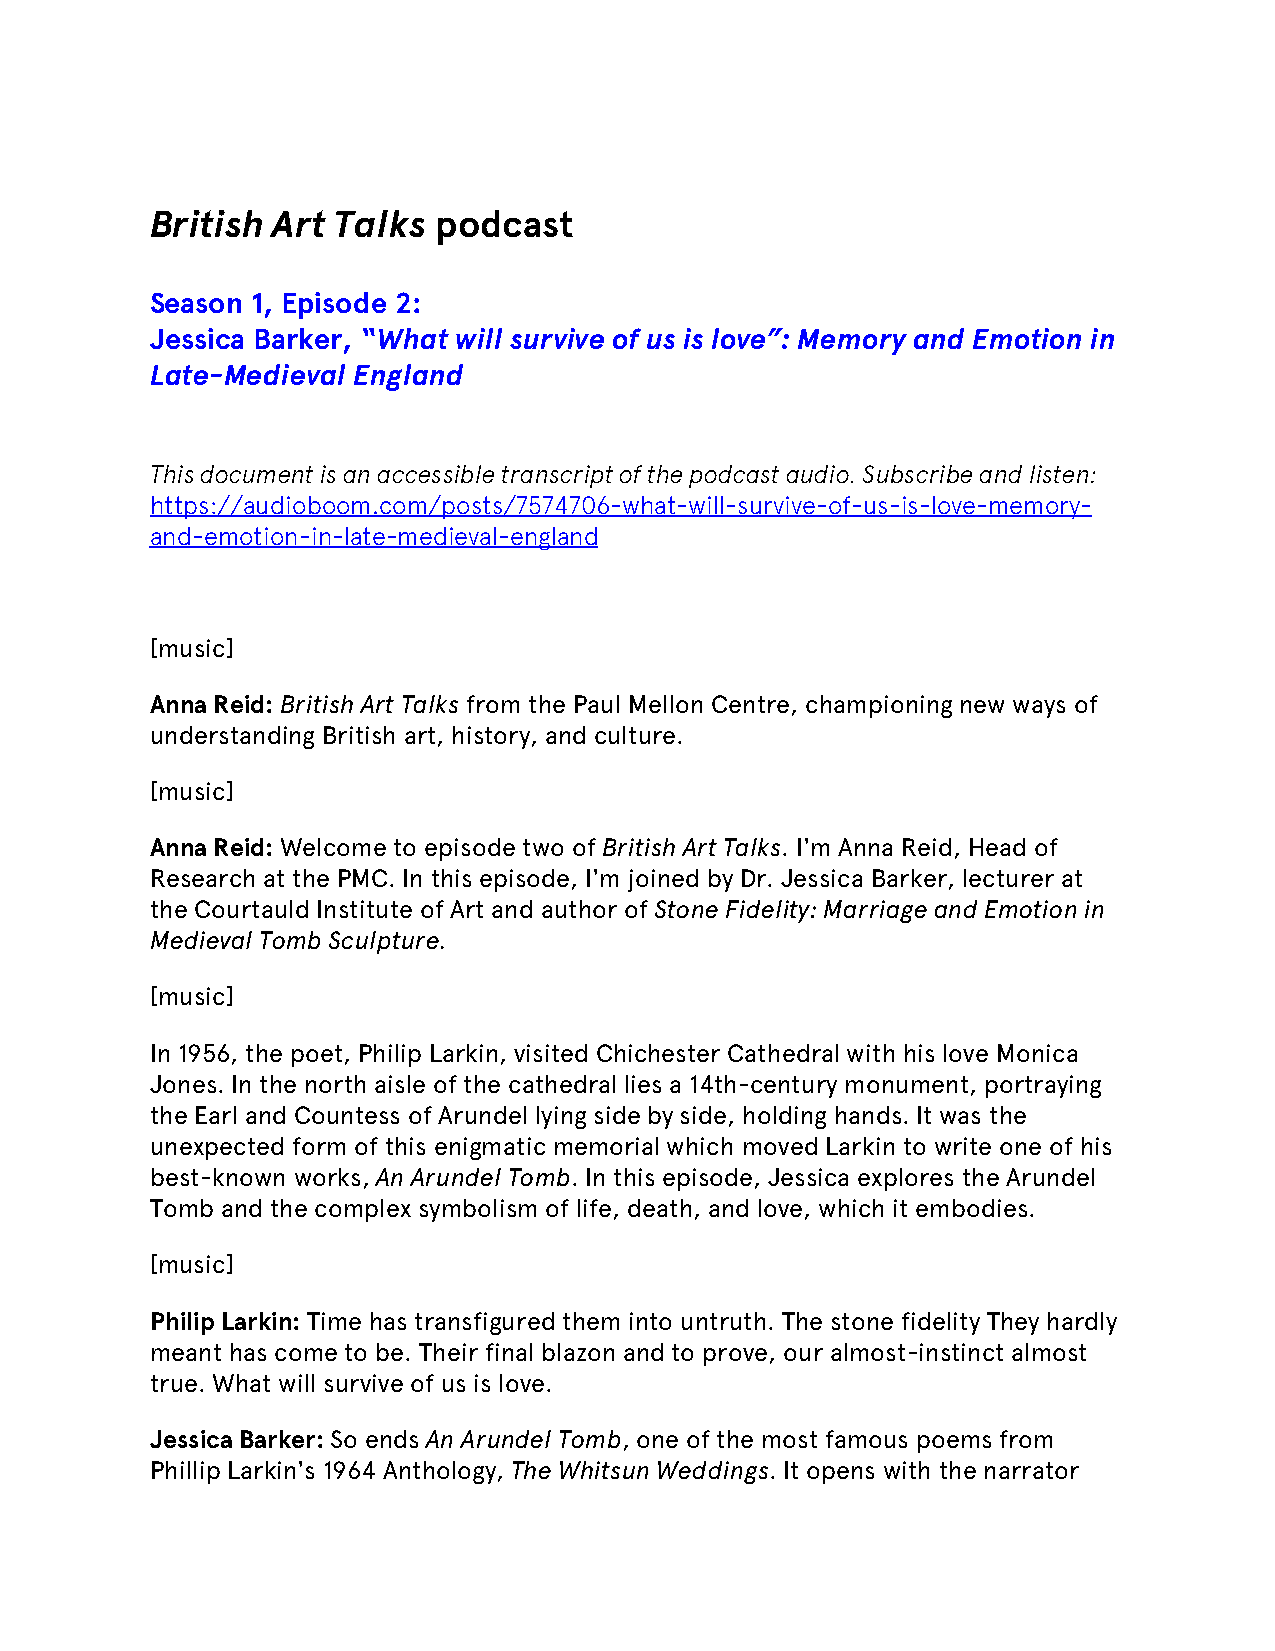
British Art Talks  podcast
 Season 1, Episode 2:
 Jessica Barker, “What will survive of us is love”: Memory and Emotion in
 Late-Medieval England
 This document is an accessible transcript of the podcast audio. Subscribe and listen:
 https://audioboom.com/posts/7574706-what-will-survive-of-us-is-love-memory-
 and-emotion-in-late-medieval-england
 [music]
 Anna Reid: British Art Talks from the Paul Mellon Centre, championing new ways of
 understanding British art, history, and culture.
 [music]
 Anna Reid: Welcome to episode two of British Art Talks. I'm Anna Reid, Head of
 Research at the PMC. In this episode, I'm joined by Dr. Jessica Barker, lecturer at
 the Courtauld Institute of Art and author of Stone Fidelity: Marriage and Emotion in
 Medieval Tomb Sculpture.
 [music]
 In 1956, the poet, Philip Larkin, visited Chichester Cathedral with his love Monica
 Jones. In the north aisle of the cathedral lies a 14th-century monument, portraying
 the Earl and Countess of Arundel lying side by side, holding hands. It was the
 unexpected form of this enigmatic memorial which moved Larkin to write one of his
 best-known works, An Arundel Tomb. In this episode, Jessica explores the Arundel
 Tomb and the complex symbolism of life, death, and love, which it embodies.
 [music]
 Philip Larkin: Time has transfigured them into untruth. The stone fidelity They hardly
 meant has come to be. Their final blazon and to prove, our almost-instinct almost
 true. What will survive of us is love.
 Jessica Barker: So ends An Arundel Tomb, one of the most famous poems from
 Phillip Larkin's 1964 Anthology, The Whitsun Weddings. It opens with the narrator